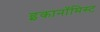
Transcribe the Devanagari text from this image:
इकानॉमिस्ट